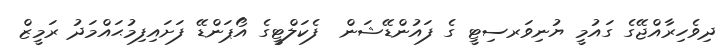
ދިވެހިރާއްޖޭގެ ގައުމީ ޔުނިވަރސިޓީ ގެ ފައުންޑޭޝަން  ފެކަލްޓީގެ އޯޕަންޑޭ ފަށައިފިމުޙައްމަދު ރަމީޒް